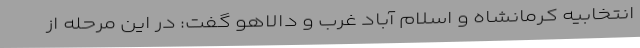
انتخابیه کرمانشاه و اسلام آباد غرب و دالاهو گفت: در این مرحله از